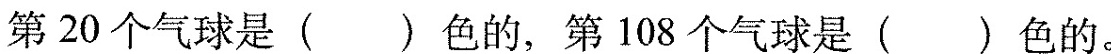
第20个气球是( )色的，第108个气球是( )色的。